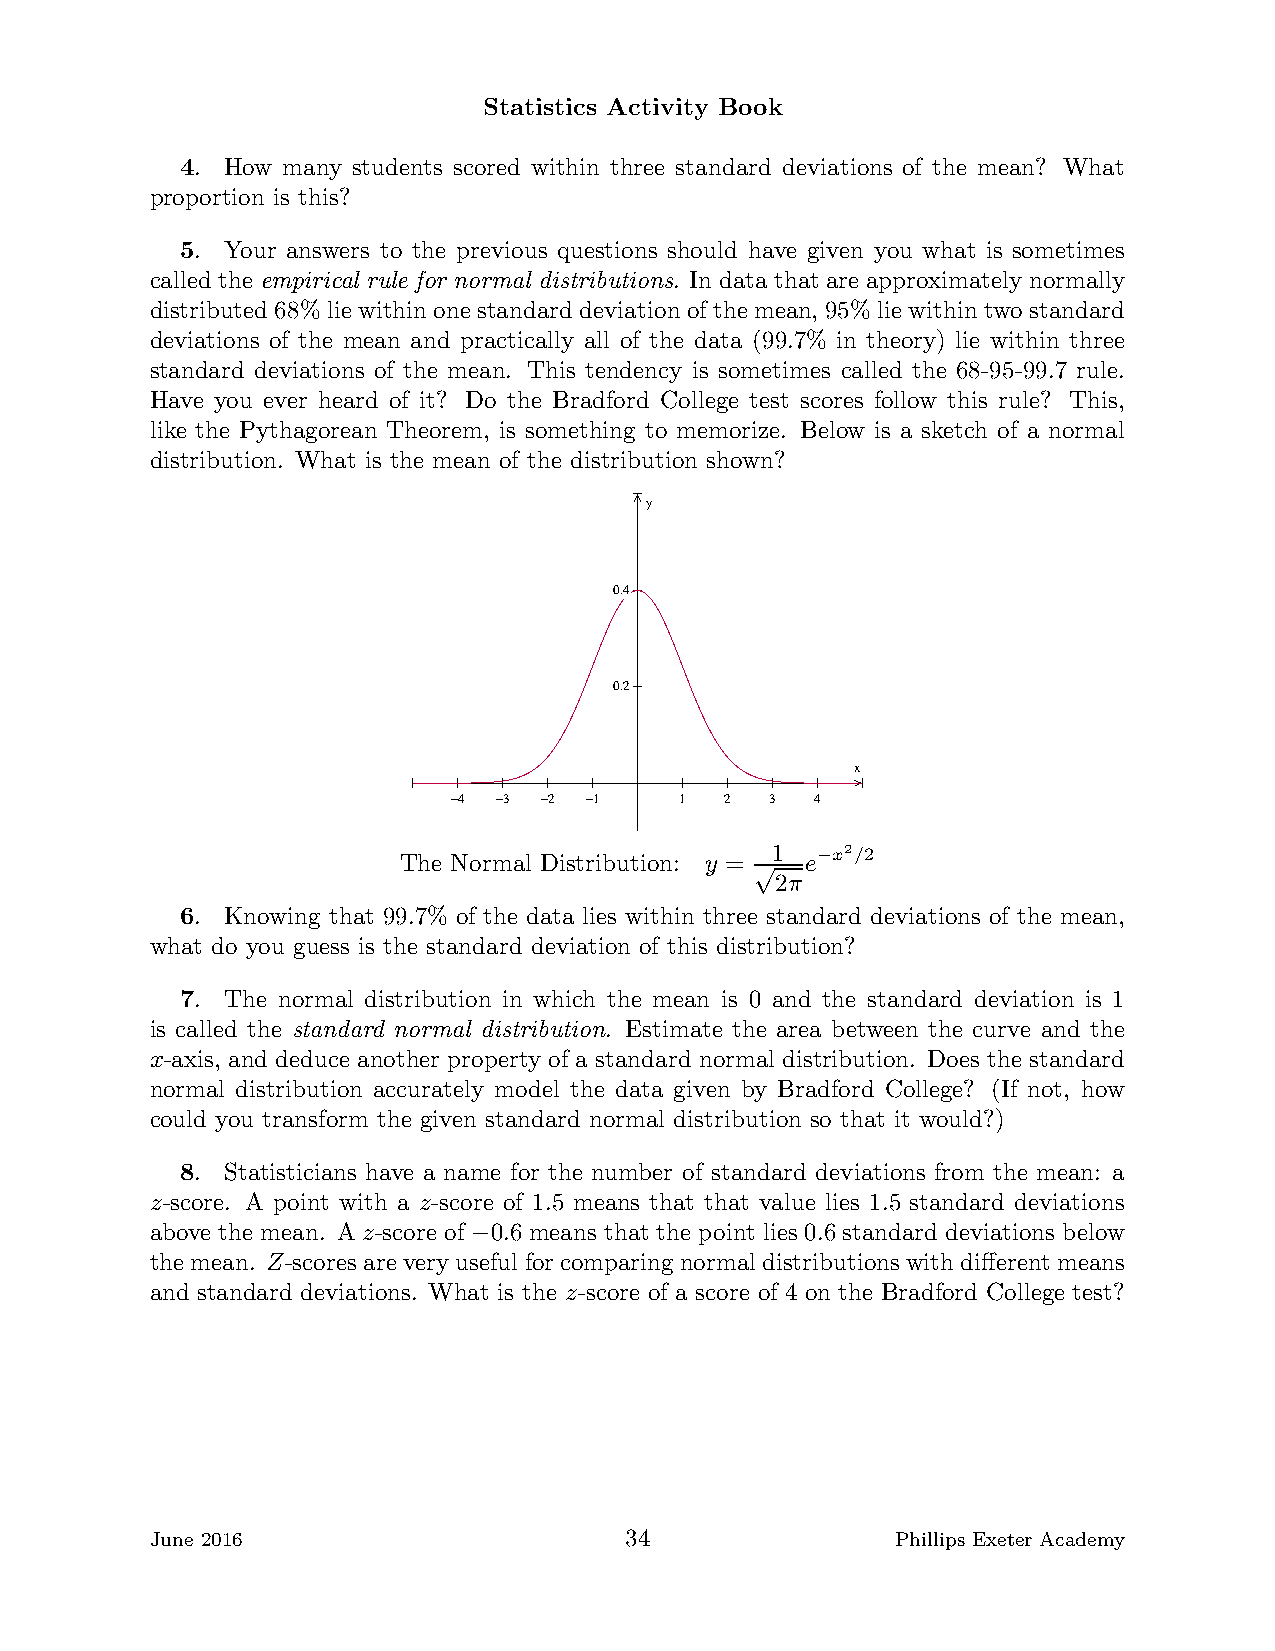
Statistics Activity Book
 4. How many students scored within three standard deviations of the mean? What
 proportion is this?
 5. Your answers to the previous questions should have given you what is sometimes
 called the empirical rule for normal distributions. In data that are approximately normally
 distributed 68% liewithinone standard deviationof themean, 95% liewithintwo standard
 deviations of the mean and practically all of the data (99.7% in theory) lie within three
 standard deviations of the mean. This tendency is sometimes called the 68-95-99.7 rule.
 Have you ever heard of it? Do the Bradford College test scores follow this rule? This,
 like the Pythagorean Theorem, is something to memorize. Below is a sketch of a normal
 distribution. What is the mean of the distribution shown?
 y
 0.4
 0.2
 x
 −4 −3 −2 −1    1  2  3  4
 The Normal Distribution: y =
 1 e−x2 /2
 √2π
 6. Knowing that 99.7% of the data lies within three standard deviations of the mean,
 what do you guess is the standard deviation of this distribution?
 7. The normal distribution in which the mean is 0 and the standard deviation is 1
 is called the standard normal distribution. Estimate the area between the curve and the
 x-axis, and deduce another property of a standard normal distribution. Does the standard
 normal distribution accurately model the data given by Bradford College? (If not, how
 could you transform the given standard normal distribution so that it would?)
 8. Statisticians have a name for the number of standard deviations from the mean: a
 z-score. A point with a z-score of 1.5 means that that value lies 1.5 standard deviations
 above the mean. A z-score of 0.6 means that the point lies 0.6 standard deviations below
 −
 themean. Z-scores arevery useful for comparing normaldistributionswithdifferent means
 and standard deviations. What is the z-score of a score of 4 on the Bradford College test?
 June 2016                      34                Phillips Exeter Academy